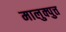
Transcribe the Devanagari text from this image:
मालुक्पुत्त